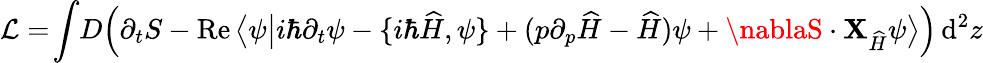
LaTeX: \mathcal{L}=\! \int\! D\Big(\partial_{t}S-\operatorname{Re}\big\langle\psi\big|i\hbar\partial_{t}\psi-\{ i\hbar\widehat{{H}},\psi\} +(p\partial_{p}\widehat{{H}}-\widehat{{H}})\psi+\nablaS\cdot{\mathbf{X}}_{\widehat{{H}}}\psi\big\rangle\Big)\, \mathrm{{d}}^{2}z